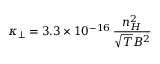
\displaystyle \kappa _ { \perp } = 3 . 3 \times 1 0 ^ { - 1 6 } \, \frac { n _ { H } ^ { 2 } } { \sqrt { T } B ^ { 2 } }